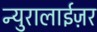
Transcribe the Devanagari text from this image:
न्युरालाईज़र